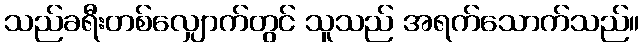
သည်ခရီးတစ်လျှောက်တွင် သူသည် အရက်သောက်သည်။